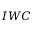
I W C